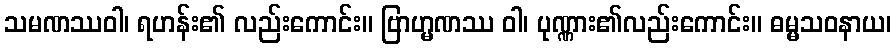
သမဏဿဝါ၊ ရဟန်း၏ လည်းကောင်း။ ဗြာဟ္မဏဿ ဝါ၊ ပုဏ္ဏား၏လည်းကောင်း။ ဓမ္မသဝနာယ၊